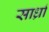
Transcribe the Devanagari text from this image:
सार्ध्रां